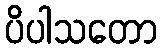
ပိပါသတော